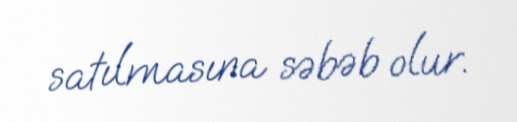
satılmasına səbəb olur.